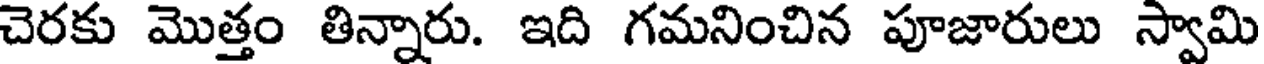
చెరకు మొత్తం తిన్నారు. ఇది గమనించిన పూజారులు స్వామి